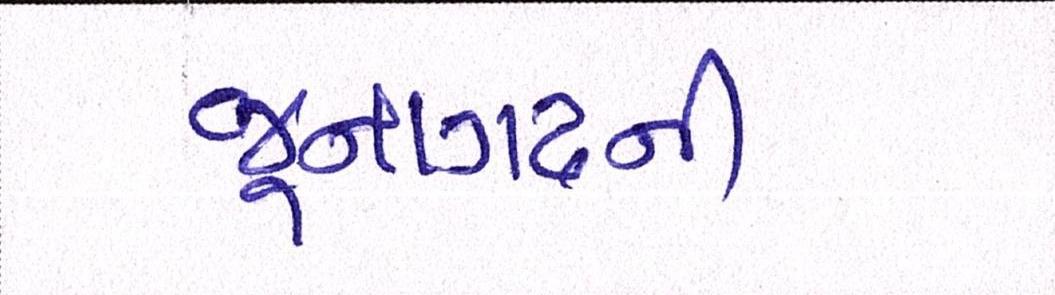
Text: જૂનાગઢની